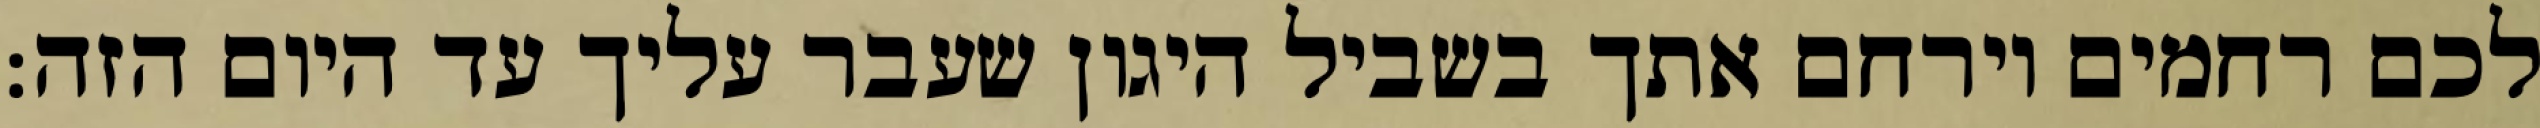
לכם רחמים וירחם אתך בשביל היגון שעבר עליך עד היום הזה: